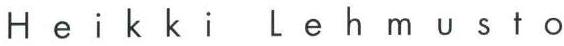
Heikki Lehmusto